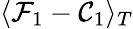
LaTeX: \langle\mathcal{F}_{1}-\mathcal{C}_{1}\rangle_{T}